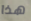
هذا